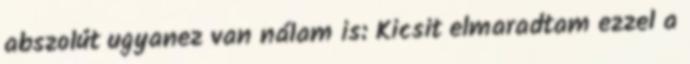
abszolút ugyanez van nálam is: Kicsit elmaradtam ezzel a